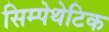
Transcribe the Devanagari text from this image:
सिम्पेथेटिक